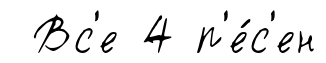
Вс'е 4 п'е́с'ен